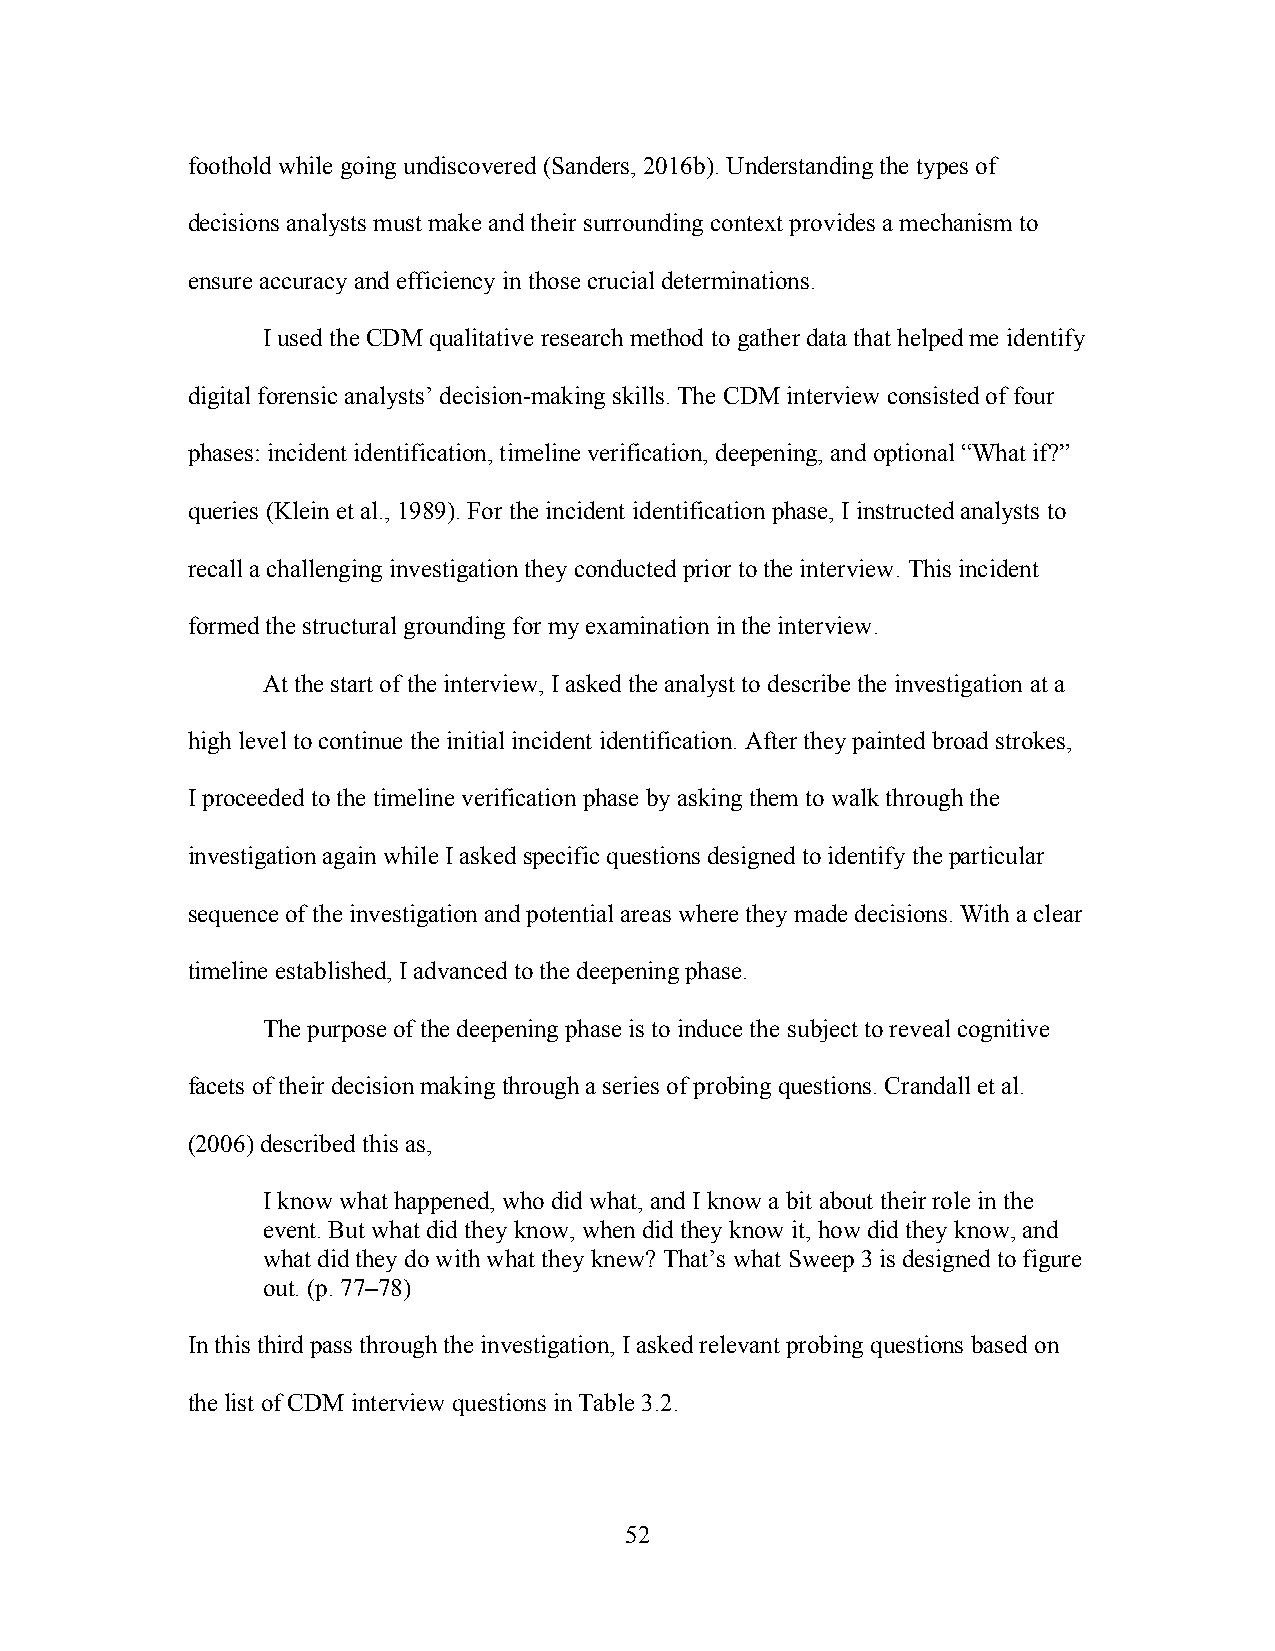
foothold while going undiscovered (Sanders, 2016b). Understanding the types of
 decisions analysts must make and their surrounding context provides a mechanism to
 ensure accuracy and efficiency in those crucial determinations.
 I used the CDM qualitative research method to gather data that helped me identify
 digital forensic analysts’ decision-making skills. The CDM interview consisted of four
 phases: incident identification, timeline verification, deepening, and optional “What if?”
 queries (Klein et al., 1989). For the incident identification phase, I instructed analysts to
 recall a challenging investigation they conducted prior to the interview. This incident
 formed the structural grounding for my examination in the interview.
 At the start of the interview, I asked the analyst to describe the investigation at a
 high level to continue the initial incident identification. After they painted broad strokes,
 I proceeded to the timeline verification phase by asking them to walk through the
 investigation again while I asked specific questions designed to identify the particular
 sequence of the investigation and potential areas where they made decisions. With a clear
 timeline established, I advanced to the deepening phase.
 The purpose of the deepening phase is to induce the subject to reveal cognitive
 facets of their decision making through a series of probing questions. Crandall et al.
 (2006) described this as,
 I know what happened, who did what, and I know a bit about their role in the
 event. But what did they know, when did they know it, how did they know, and
 what did they do with what they knew? That’s what Sweep 3 is designed to figure
 out. (p. 77–78)
 In this third pass through the investigation, I asked relevant probing questions based on
 the list of CDM interview questions in Table 3.2.
 52